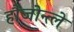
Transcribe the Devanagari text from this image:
हौजोन्त्ले